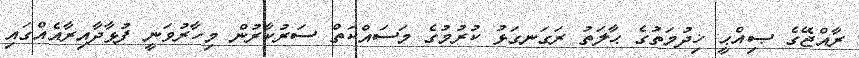
ރާއްޖޭގެ ޞިއްޙީ ޚިދުމަތުގެ ޙާލަތު ރަގަނގަޅު ކުރުމުގެ މަސައްކަތް ސަރުކާރުން މިހާރުވަނީ ފުޅާދާއިރާއެއްގައި